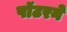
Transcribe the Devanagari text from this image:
पॉटरने